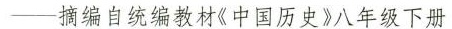
--摘编自统编教材《中国历史》八年级下册